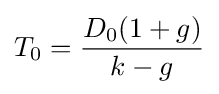
T_{0}={\frac {D_{0}(1+g)}{k-g}}